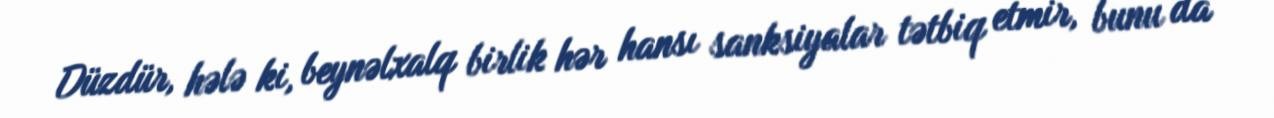
Düzdür, hələ ki, beynəlxalq birlik hər hansı sanksiyalar tətbiq etmir, bunu da